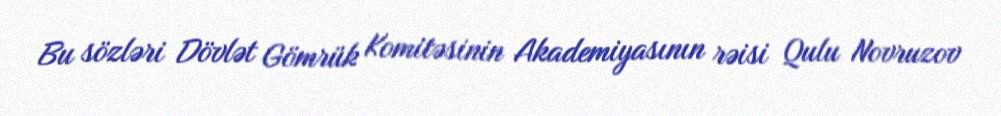
Bu sözləri Dövlət Gömrük Komitəsinin Akademiyasının rəisi Qulu Novruzov